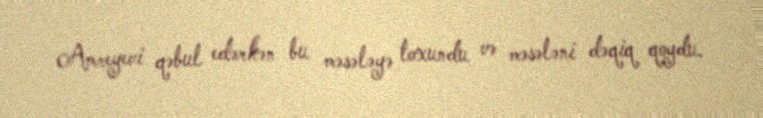
Amreyevi qəbul edərkən bu məsələyə toxundu və məsələni dəqiq qoydu.